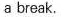
a break.